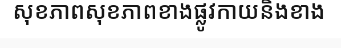
សុខភាពសុខភាពខាងផ្លូវកាយនិងខាង